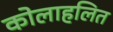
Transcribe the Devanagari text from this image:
कोलाहलित